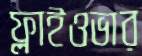
ফ্লাইওভার